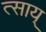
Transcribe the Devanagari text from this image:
त्साय्